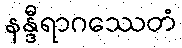
နန္ဒီရာဂဿေတံ